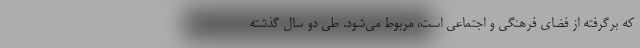
که برگرفته از فضای فرهنگی و اجتماعی است، مربوط می‌شود. طی دو سال گذشته